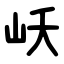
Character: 岆